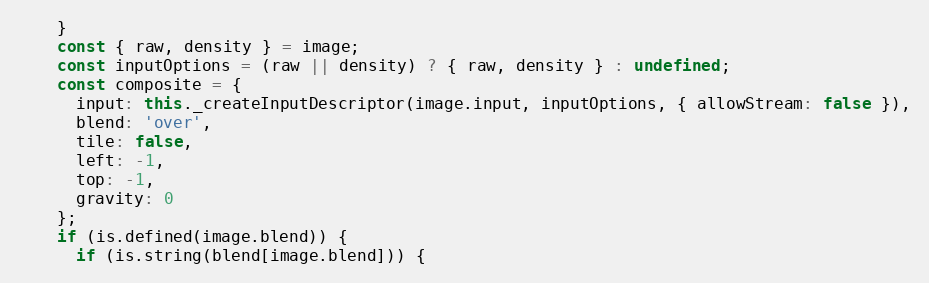
Language: JavaScript
    }
    const { raw, density } = image;
    const inputOptions = (raw || density) ? { raw, density } : undefined;
    const composite = {
      input: this._createInputDescriptor(image.input, inputOptions, { allowStream: false }),
      blend: 'over',
      tile: false,
      left: -1,
      top: -1,
      gravity: 0
    };
    if (is.defined(image.blend)) {
      if (is.string(blend[image.blend])) {